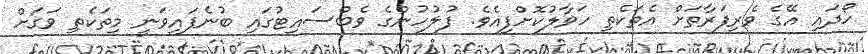
ހޯދައި އޭގެ ވެރިފަރާތަށް އެތަކެތި ހަވާލުކޮށްފިއެވެ. ފުލުހުންގެ ވެބްސައިޓުގައި ބުނެފައިވަނީ މިތަކެތި ވަގަށް